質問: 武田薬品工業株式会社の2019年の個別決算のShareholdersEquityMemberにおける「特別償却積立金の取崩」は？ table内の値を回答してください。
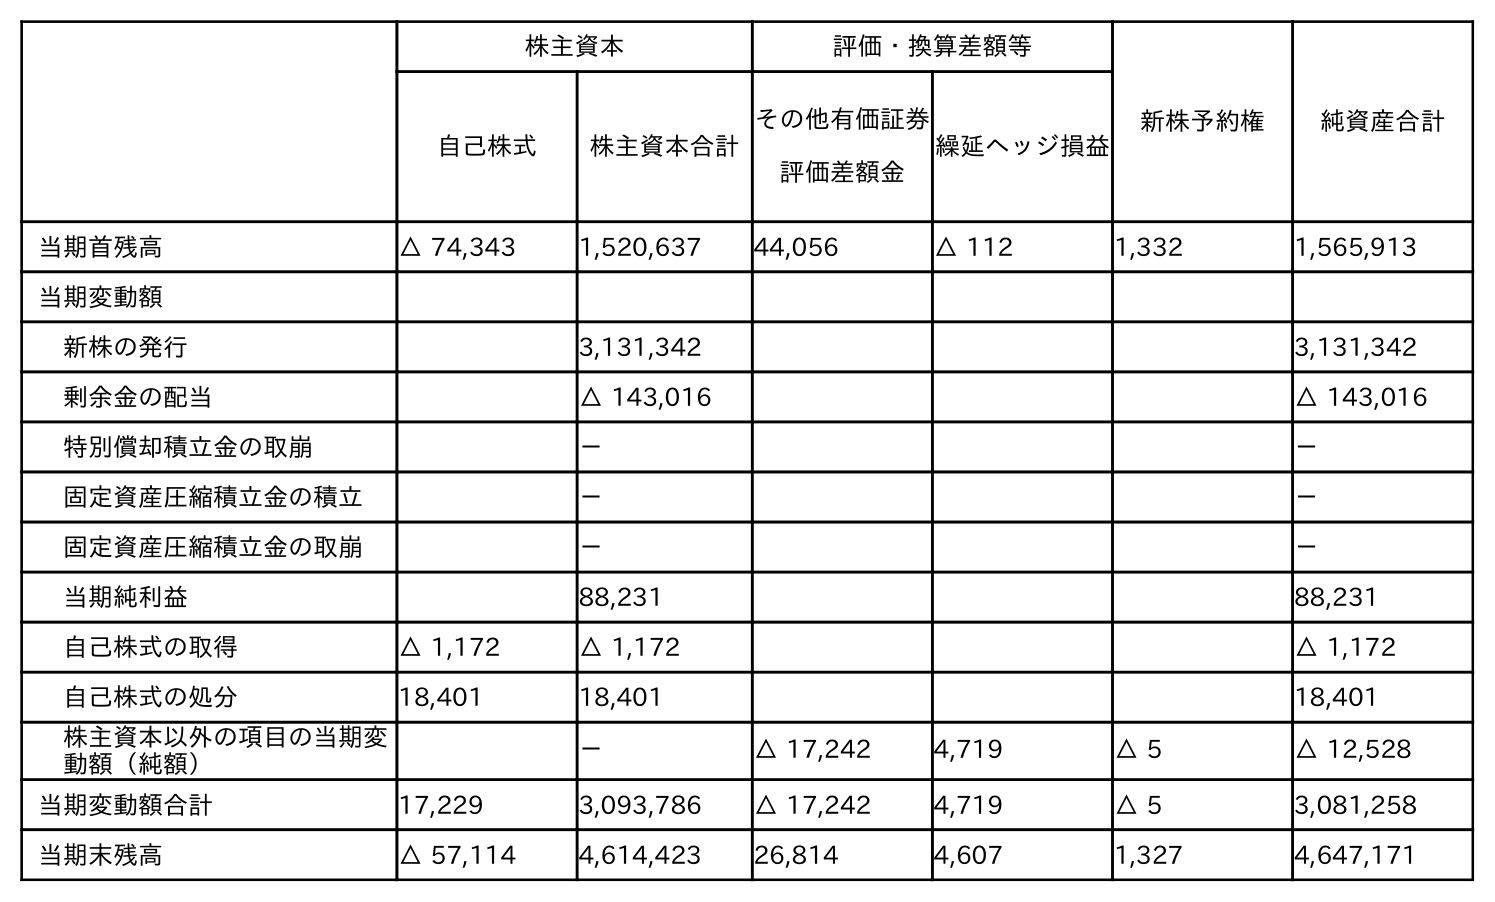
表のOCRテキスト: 株主資本 評価・換算差額等 新株予約権 純資産合計 自己株式 株主資本合計 その他有価証券 評価差額金 繰延ヘッジ損益 当期首残高 △ 74,343 1,520,637 44,056 △ 112 1,332 1,565,913 当期変動額 新株の発行 3,131,342 3,131,342 剰余金の配当 △ 143,016 △ 143,016 特別償却積立金の取崩 － － 固定資産圧縮積立金の積立 － － 固定資産圧縮積立金の取崩 － － 当期純利益 88,231 88,231 自己株式の取得 △ 1,172 △ 1,172 △ 1,172 自己株式の処分 18,401 18,401 18,401 株主資本以外の項目の当期変 動額（純額） － △ 17,242 4,719 △ 5 △ 12,528 当期変動額合計 17,229 3,093,786 △ 17,242 4,719 △ 5 3,081,258 当期末残高 △ 57,114 4,614,423 26,814 4,607 1,327 4,647,171
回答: －